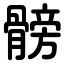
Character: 髈